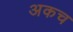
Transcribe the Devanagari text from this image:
अकच